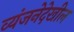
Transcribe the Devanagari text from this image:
व्यंजनेदेखील